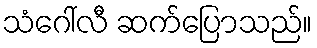
သံဂေါ်လီ ဆက်ပြောသည်။